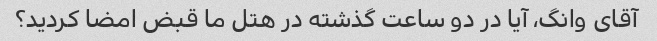
آقای وانگ، آیا در دو ساعت گذشته در هتل ما قبض امضا کردید؟